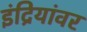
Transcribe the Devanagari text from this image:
इंद्रियांवर